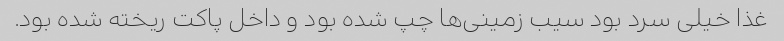
غذا خیلی سرد بود سیب زمینی‌ها چپ شده بود و داخل پاکت ریخته شده بود.